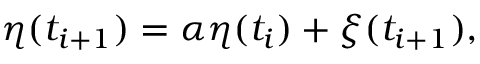
\eta ( t _ { i + 1 } ) = \alpha \eta ( t _ { i } ) + \xi ( t _ { i + 1 } ) ,